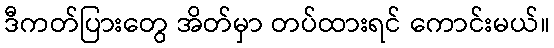
ဒီကတ်ပြားတွေ အိတ်မှာ တပ်ထားရင် ကောင်းမယ်။